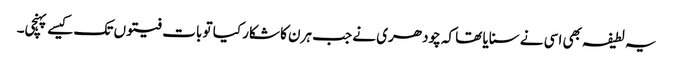
یہ لطیفہ بھی اسی نے سنایا تھا کہ چودھری نے جب ہرن کا شکار کیا تو بات فیتوں تک کیسے پہنچی۔